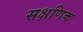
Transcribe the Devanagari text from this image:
सक्षणिक